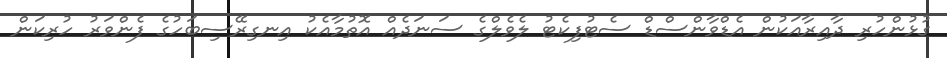
ގުޅުންހުރި ދާއިރާއަކުން އެޑްވާންސްޑް ސެޓުފިކެޓު ލެވެލްގެ ސަނަދެއް އޮތުމާއެކު އިނގިރޭސިބަހުގެ ފެންވަރު ހުރިކަން